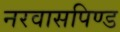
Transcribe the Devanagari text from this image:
नरवासपिण्ड